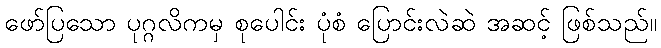
ဖော်ပြသော ပုဂ္ဂလိကမှ စုပေါင်း ပုံစံ ပြောင်းလဲဆဲ အဆင့် ဖြစ်သည်။